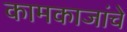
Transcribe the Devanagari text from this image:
कामकाजांचे